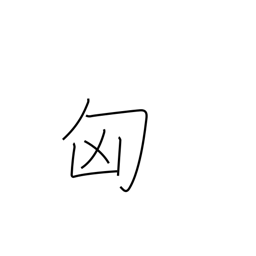
Meaning: Hungary